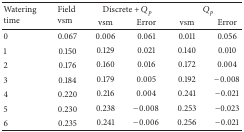
<table><thead><tr><td rowspan="2"><b>Watering time</b></td><td rowspan="2"><b>Field vsm</b></td><td colspan="2"><b>Discrete + <i>Q</i><sub><i>p</i></sub></b></td><td colspan="2"><b><i>Q</i><sub><i>p</i></sub></b></td></tr><tr><td><b>vsm</b></td><td><b>Error</b></td><td><b>vsm</b></td><td><b>Error</b></td></tr></thead><tbody><tr><td>0</td><td>0.067</td><td>0.006</td><td>0.061</td><td>0.011</td><td>0.056</td></tr><tr><td>1</td><td>0.150</td><td>0.129</td><td>0.021</td><td>0.140</td><td>0.010</td></tr><tr><td>2</td><td>0.176</td><td>0.160</td><td>0.016</td><td>0.172</td><td>0.004</td></tr><tr><td>3</td><td>0.184</td><td>0.179</td><td>0.005</td><td>0.192</td><td>−0.008</td></tr><tr><td>4</td><td>0.220</td><td>0.216</td><td>0.004</td><td>0.241</td><td>−0.021</td></tr><tr><td>5</td><td>0.230</td><td>0.238</td><td>−0.008</td><td>0.253</td><td>−0.023</td></tr><tr><td>6</td><td>0.235</td><td>0.241</td><td>−0.006</td><td>0.256</td><td>−0.021</td></tr></tbody></table>